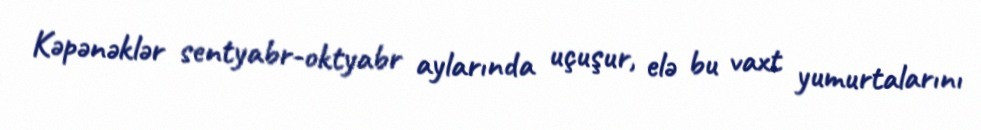
Kəpənəklər sentyabr-oktyabr aylarında uçuşur, elə bu vaxt yumurtalarını